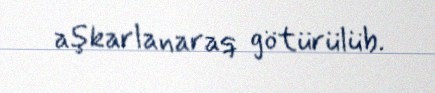
aşkarlanaraq götürülüb.